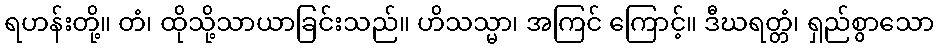
ရဟန်းတို့။ တံ၊ ထိုသို့သာယာခြင်းသည်။ ဟိသသ္မာ၊ အကြင် ကြောင့်။ ဒီဃရတ္တံ၊ ရှည်စွာသော